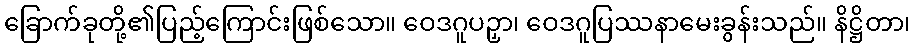
ခြောက်ခုတို့၏ပြည့်ကြောင်းဖြစ်သော။ ဝေဒဂူပဉှာ၊ ဝေဒဂူပြဿနာမေးခွန်းသည်။ နိဋ္ဌိတာ၊